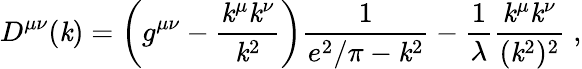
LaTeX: D^{\mu\nu}(\mathit{k})=\left(g^{\mu\nu}-\frac{{\mathit{k}^{\mu}\mathit{k}^{\nu}}}{{\mathit{k}^{2}}}\right)\frac{{1}}{{e^{2}/\pi-\mathit{k}^{2}}}-\frac{{1}}{{\lambda}}\frac{{\mathit{k}^{\mu}\mathit{k}^{\nu}}}{{(\mathit{k}^{2})^{2}}}\; ,